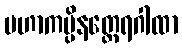
မဟာကပ္ပိနတ္ထေရဂါထာ